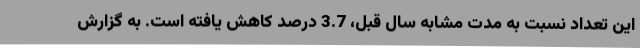
این تعداد نسبت به مدت مشابه سال قبل، 3.7 درصد کاهش یافته است. به گزارش